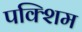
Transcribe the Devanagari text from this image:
पक्शिम